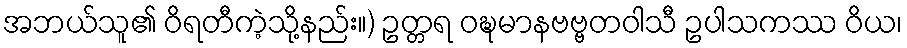
အဘယ်သူ၏ ဝိရတီကဲ့သို့နည်း။) ဥတ္တရ ဝဍ္ဎမာနဗဗ္ဗတဝါသီ ဥပါသကဿ ဝိယ၊